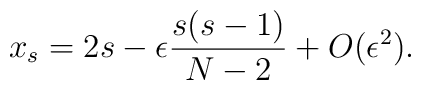
x_{s}=2s-\epsilon\frac{s(s-1)}{N-2}+O(\epsilon^{2}).